Vaccination report Assam 1896-1927 - 1896-1927
Year: 1896
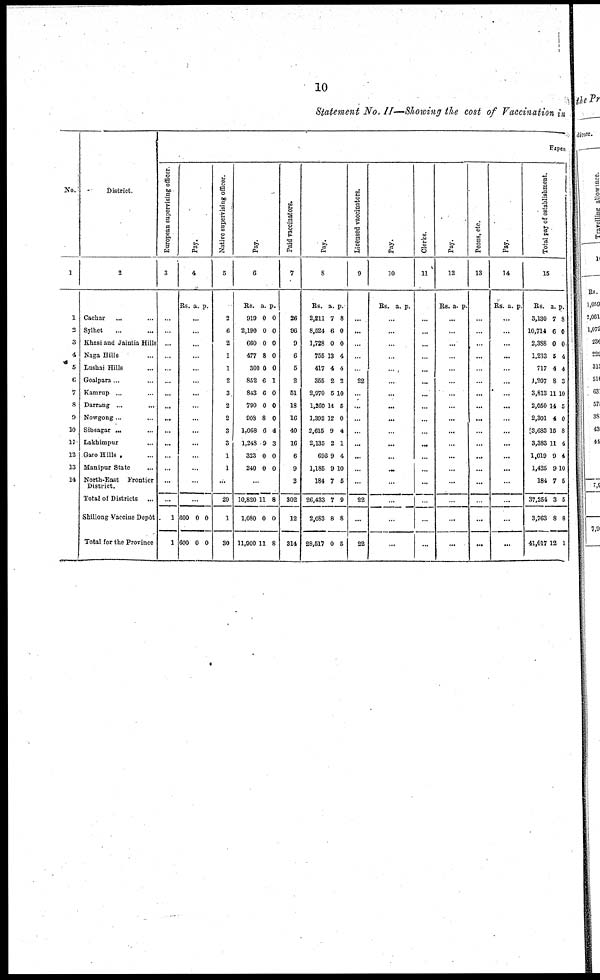
10
Statement No. II—Showing the cost of Vaccination in
No.
1
1
2
3
4
5
6
7
8
9
10
11
12
13
14
District.
2
Cachar ... ...
Sylhet ... ...
Khasi and Jaintia Hills
Naga Hills ...
Lushai Hills ...
Goalpara ... ...
Kamrup ... ...
Darrang ... ...
Nowgong... ...
Sibsagar ... ...
Lakhimpur ...
Garo Hills ...
Manipur State ...
North-East Frontier
District.
Total of Districts ...
Shillong Vaccine Dcpôt
Total for the Province
Expen
European supervising officer.
3
...
...
...
...
...
...
...
...
...
...
...
...
...
...
...
1
1
Pay.
4
Rs. a. p.
...
...
...
...
...
...
...
...
...
...
...
...
...
...
...
600
600
0
0
0
0
Native supervising officer.
5
2
6
2
1
1
2
3
2
2
3
3
1
1
...
29
1
30
Pay.
6
Rs.
919
2,190
660
477
300
852
843
790
908
1,068
1,248
323
240
a.
0
0
0
8
0
6
6
0
8
6
9
0
0
p.
0
0
0
0
0
1
0
0
0
4
3
0
0
...
10,820
1,080
11,900
11
0
11
8
0
8
Paid vaccinators.
7
26
96
9
6
5
2
51
18
16
40
16
6
9
2
302
12
314
Pay.
8
Rs.
2,211
8,624
1,728
755
417
355
2,970
1,260
1,392
2,615
2,135
698
1,185
184
26,433
2,083
28,517
a.
7
6
0
13
4
2
5
14
12
9
2
9
9
7
7
8
0
p.
8
0
0
4
4
2
10
5
0
4
1
4
10
5
9
8
5
Licensed vaccinators.
9
...
...
...
...
...
22
...
...
...
...
...
...
...
22
...
22
Pay.
10
Rs. a. p.
...
...
...
..
...
...
...
...
...
...
...
...
...
...
...
...
...
Clerks.
11
...
...
...
...
...
...
...
...
...
...
...
...
...
...
...
...
...
Pay.
12
Rs. a. p.
...
...
...
...
...
...
...
...
...
...
...
...
...
...
...
...
...
Peons, etc.
13
...
...
...
...
...
...
...
...
...
...
...
...
...
...
...
...
...
Pay.
14
Rs. a. p.
...
...
...
...
...
...
...
...
...
...
...
...
...
...
...
...
...
Total pay of establishment.
15
Rs.
3,130
10,714
2,388
1,233
717
1,207
3,813
2,050
2,301
3,683
3,383
1,019
1,425
184
37,254
3,763
41,017
a.
7
6
0
5
4
8
11
14
4
15
11
9
9
7
3
8
12
p.
8
0
0
4
4
3
10
5
0
8
4
4
10
5
5
8
1